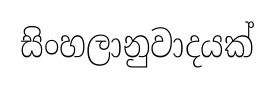
සිංහලානුවාදයක්